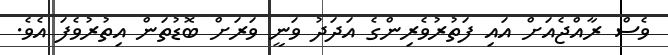
ވެސް ރާއްޖެއަށް އައި ފަތުރުވެރިންގެ އަދަދު ވަނީ ވަރަށް ބޮޑުތަން އިތުރުވެފަ އެވެ.